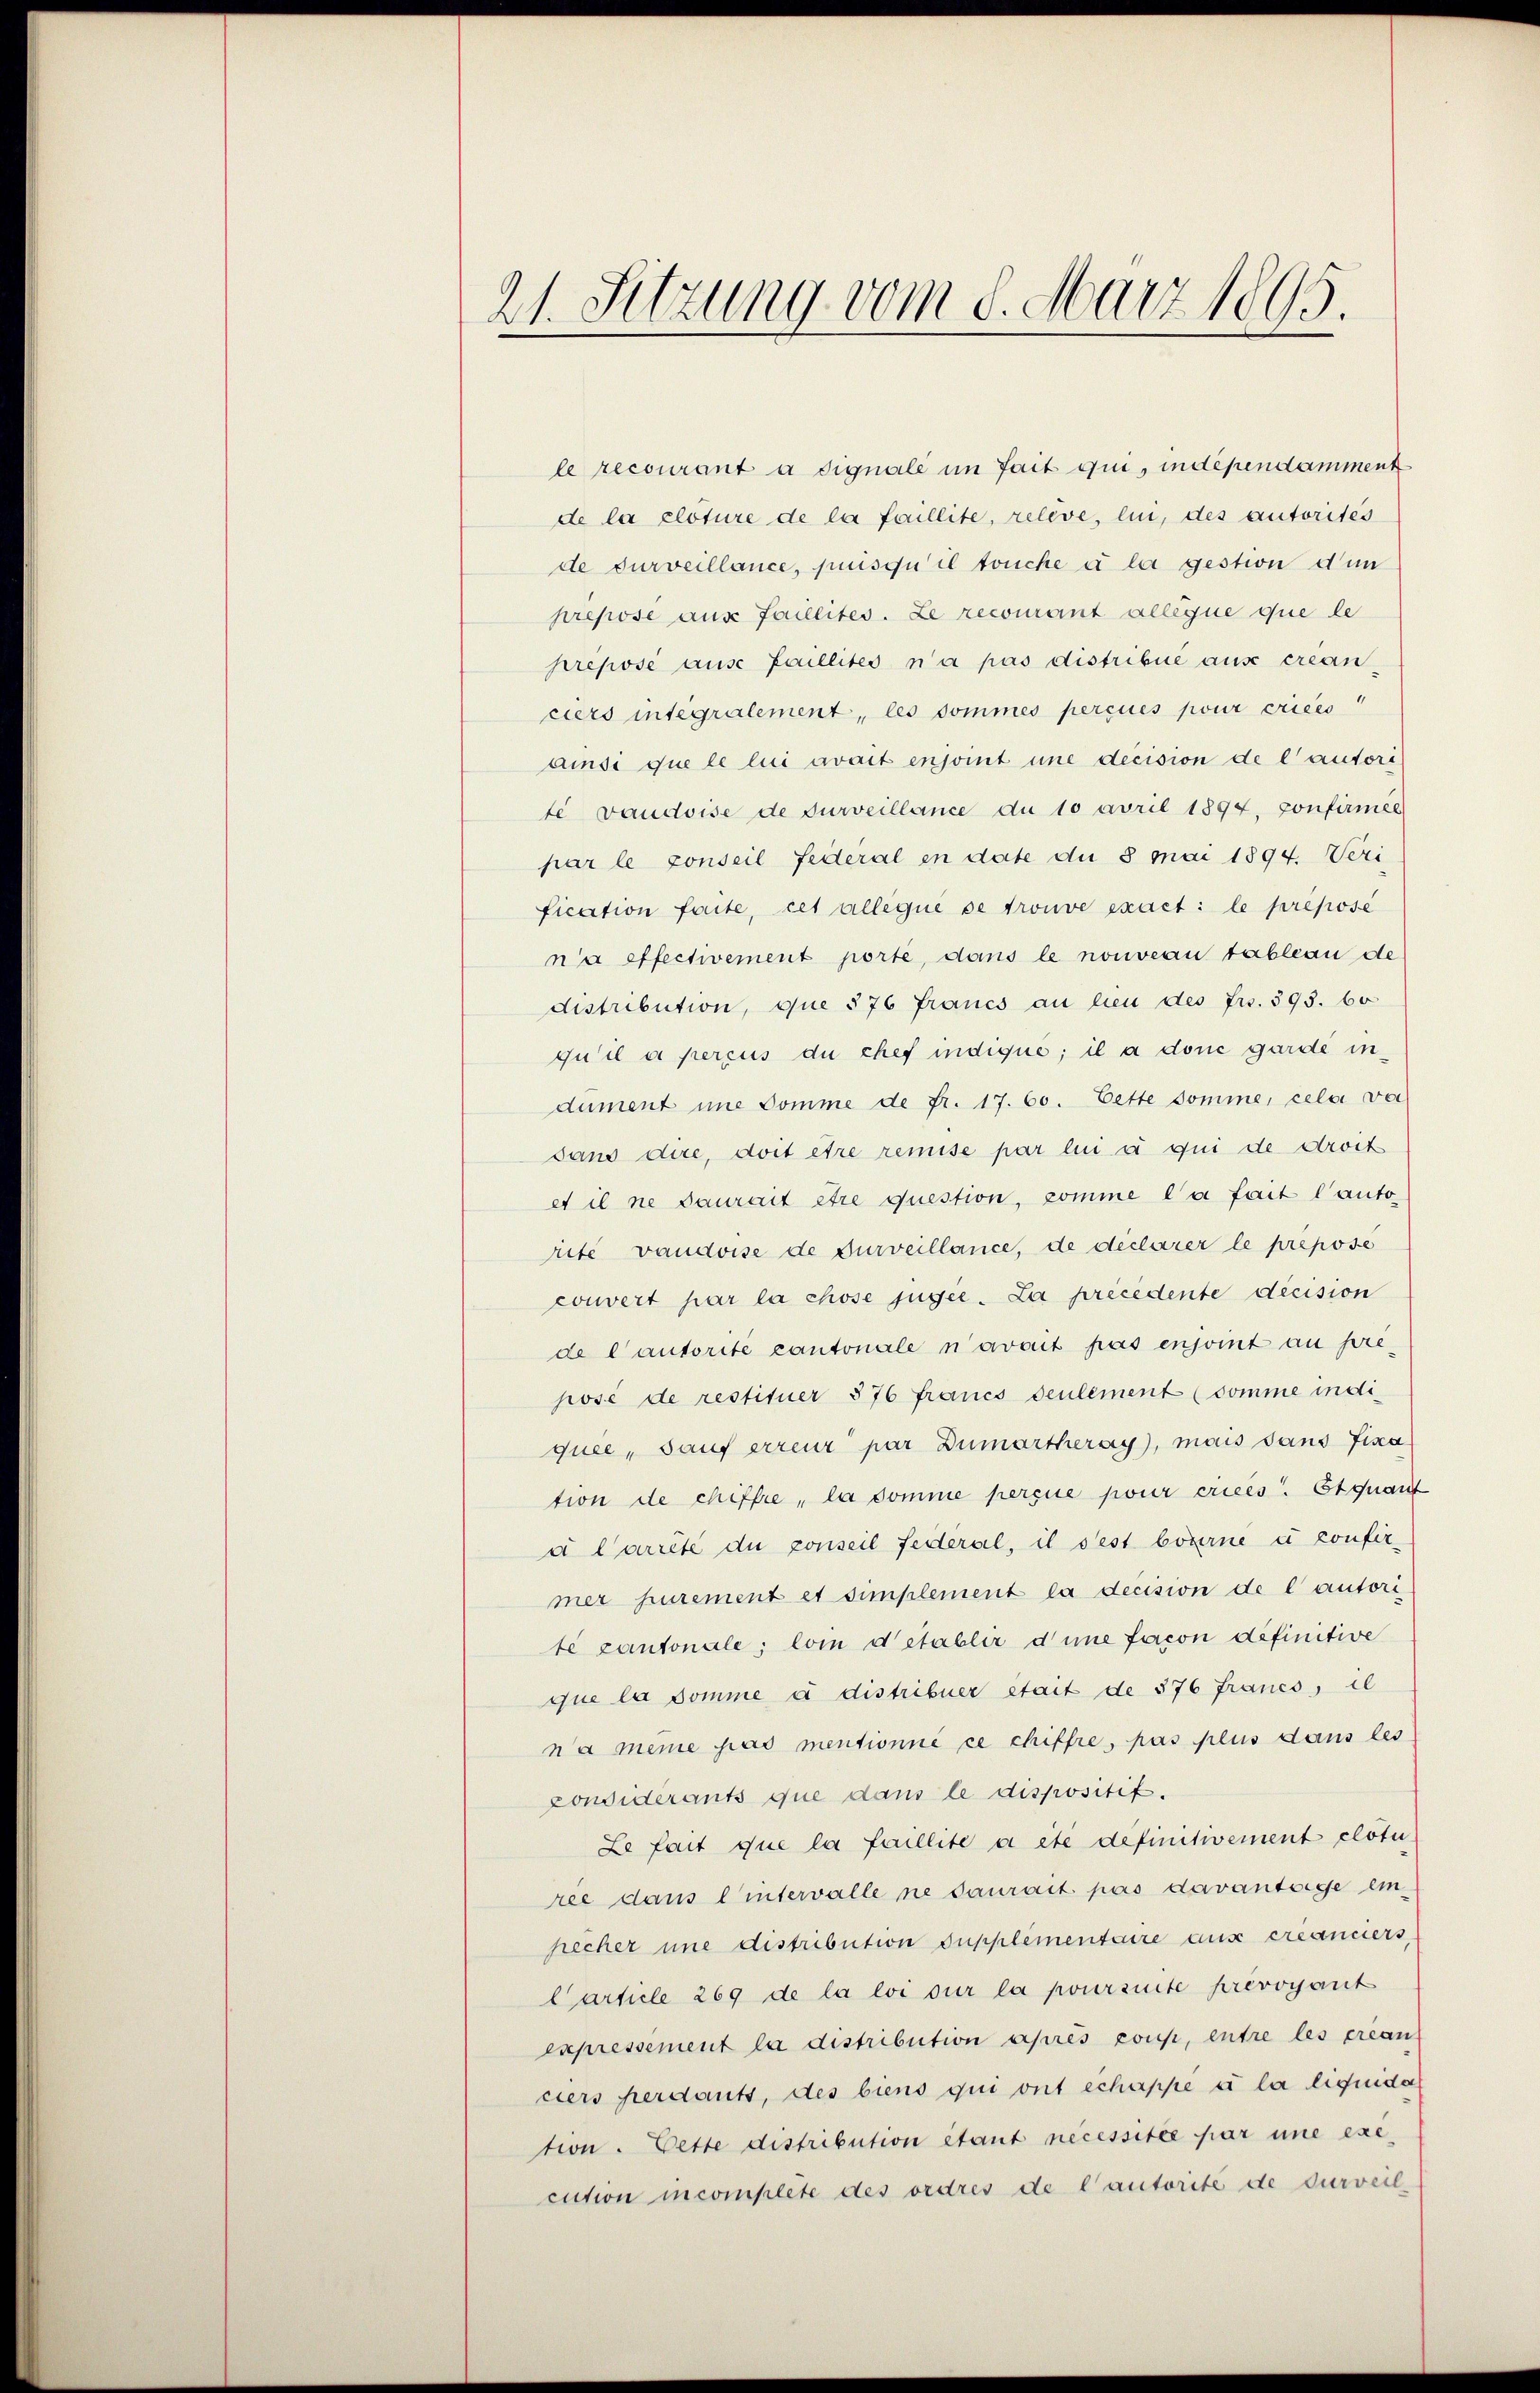
21. Sitzung vom 8. März 1895.

le recourant à signale im fait qui, indépendamment
de la clôture de la faillite, releve, lui, des autorités
de surveillance, puisqu’ il touche à la gestion dun
prepose aus faillites. Le recourant alleque que le
prepose ause faillites n’a pas distribue aus creanciers integralement, les sommes perçues pour criées
ainsi que le lui avait enjoint une decision de l’autori
te vaudoise de surveillance du 10 avril 1894, confirmee
par le conseil Federal en date du 8 Mai 1894. Veri
fication faite, cet alleque se trouve exact: le prepose
n’a effectivement porte, dans le nouveau tableau de
distribution, que 576 francs an hien des Frs. 393. 60
quil a perçus du chef indique; il a done garde indument imme komme de fr. 17. 60. Cette somme, cela vor
sans dire, doit être remise par lu à qui de droit
et il ne daurait être question, komme la fait l’auto-
rite vaudoise de surveillance, de déclarer le prepose
convert par la chose jugee. La précédente decision
de l’autorite cantonale n’avait pas enjoint au prépose de restituer 376 francs seulement (somme indiquee, sauf erreur par Dumartheray), mais dans Fina
tion de chiffre, la somme perçue pour crices. Et quant
a Carrêté du conseil fédéral, il s’est bourne i confir
mer purement et simplement la decision de l’autori
te cantonale; loi d’établir d’une facon definitive
que la somme à distribuer stait de 376 Francs, il
na meine pas mentionné ce chiffre, pas plus dans les
considerants que dans le dispositif.
Le fait que la faillite à ete definitivement clôtu
ree dans lintervalle ne daurait pas davanteige einpecher une distribution Supplementaire aus créanciers,
Carticle 269 de la loi sur la poursuite prevoyant
expressement la distribution après coup, entre les crean
ciers perdants, des biens qui ont echappe e la liquida
tion. Bette distribution étant necessitée par une exe
cution incomplete des ordres de l’autorité de surveil